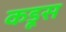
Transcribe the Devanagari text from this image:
कडूस